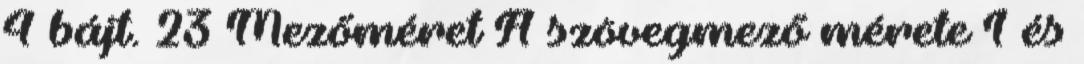
4 bájt. 23 Mezőméret A szövegmező mérete 1 és